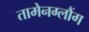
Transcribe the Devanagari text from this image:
तामेनग्लौंग